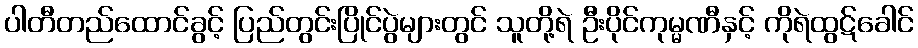
ပါတီတည်ထောင်ခွင့် ပြည်တွင်းပြိုင်ပွဲများတွင် သူတို့ရဲ ဦးပိုင်ကုမ္မဏီနှင့် ကိုရဲထွဋ်ခေါင်